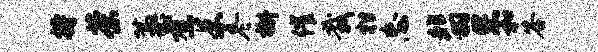
持茶藁煮朱冬槲催栽柑忘翡您和答